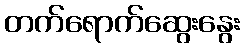
တက်ရောက်ဆွေးနွေး